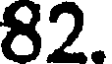
82.